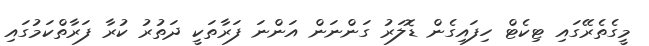
މީގެތެރޭގައި ޓިކެޓް ހިފައިގެން ޑޮލަރު ގަންނަން އަންނަ ފަރާތަކީ ދަތުރު ކުރާ ފަރާތްކަމުގައި